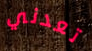
تعدني